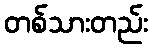
တစ်သားတည်း